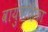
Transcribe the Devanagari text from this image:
वायुवाहिका